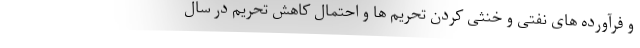
و فرآورده های نفتی و خنثی کردن تحریم ها و احتمال کاهش تحریم در سال